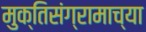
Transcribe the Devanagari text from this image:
मुक्तिसंग्रामाच्या